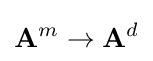
\mathbf {A} ^{m}\to \mathbf {A} ^{d}